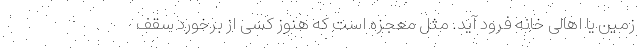
زمین یا اهالی خانه فرود آید. مثل معجزه است که هنوز کسی از برخورد سقف